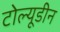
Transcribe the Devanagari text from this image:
टोल्यूडीन